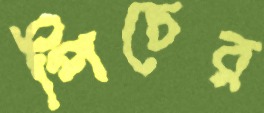
পিচের